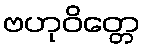
ဗဟုဝိတ္တေ